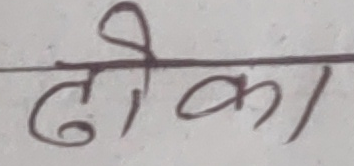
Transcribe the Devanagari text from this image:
ढीका